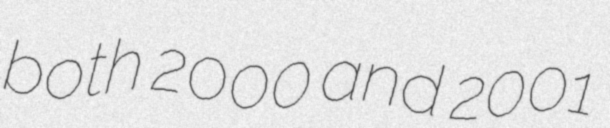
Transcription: both 2000 and 2001